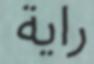
راية